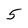
Character: 5